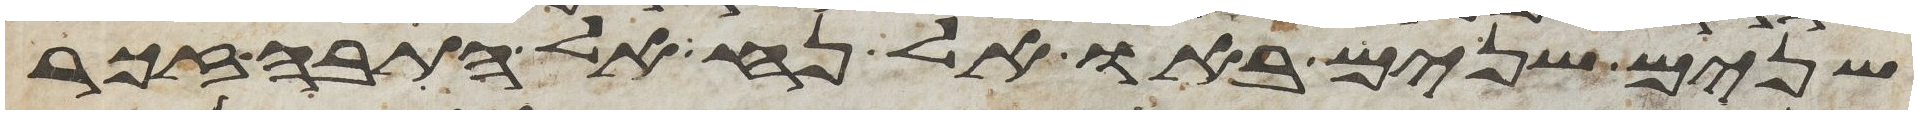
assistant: שנים שנים באו אל נח אל התבה זכר